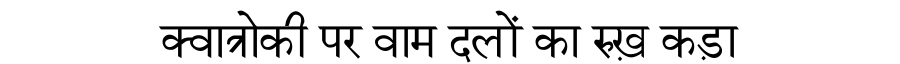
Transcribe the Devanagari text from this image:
क्वात्रोकी पर वाम दलों का रुख़ कड़ा